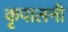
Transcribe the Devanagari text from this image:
कृपालनी